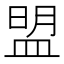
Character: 盟